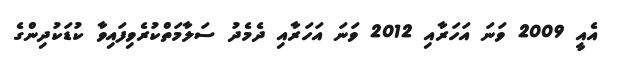
އެއީ 2009 ވަނަ އަހަރާއި 2012 ވަނަ އަހަރާއި ދެމެދު ސަލާމަތްކުރެވިފައިވާ ކުޑަކުދިންގެ